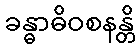
ခန္ဓာဓိဝစနန္တိ